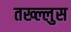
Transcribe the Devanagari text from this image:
तख्ल्लुस